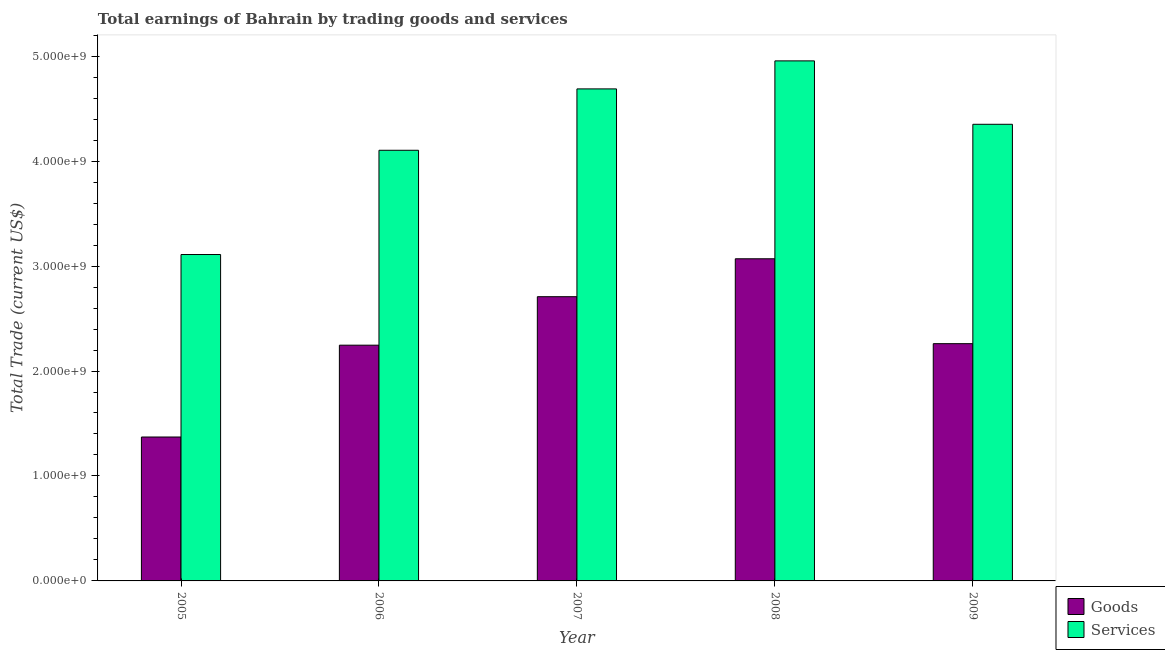
| Year | Goods | Services |
 | --- | --- | --- |
 | 2005 | 1.37e+09 | 3.11e+09 |
 | 2006 | 2.25e+09 | 4.1e+09 |
 | 2007 | 2.71e+09 | 4.69e+09 |
 | 2008 | 3.07e+09 | 4.96e+09 |
 | 2009 | 2.26e+09 | 4.35e+09 |